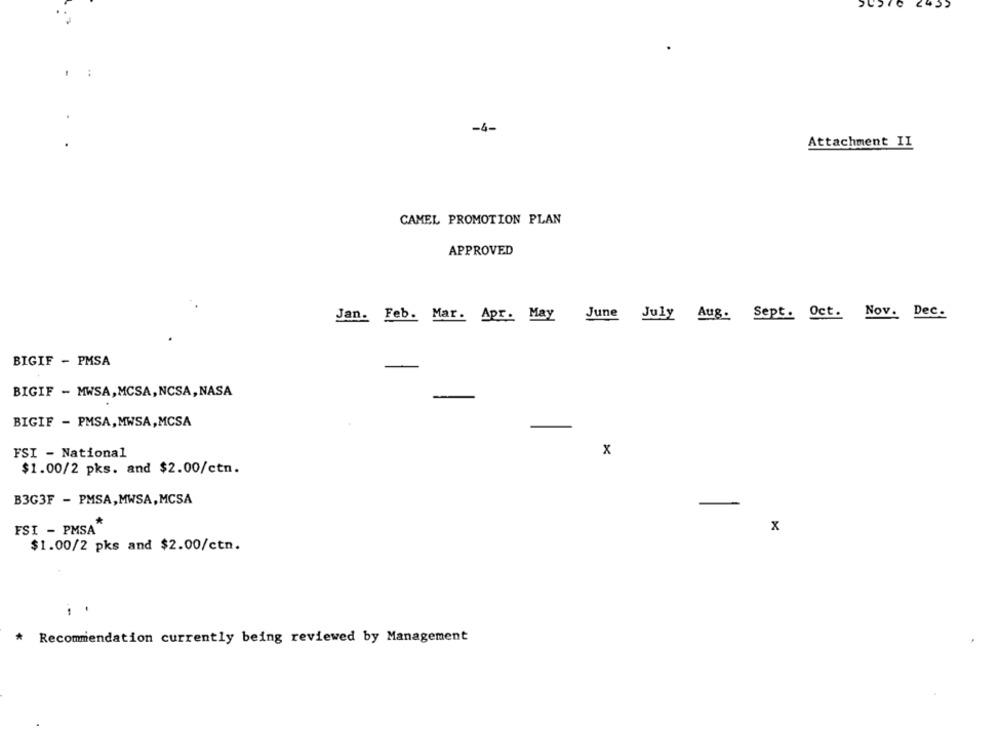
435
-4-
Attachment II
CAMEL PROMOTION PLAN
APPROVED
Jan. Feb. Mar. Apr. May June July Aug. Sept. Oct. Nov. Dec.
BIGIF - PMSA
-
BIGIF - MWSA, MCSA, NCSA, NASA
BIGIF - PMSA,MWSA, MCSA
x
FSI - National
$1.00/2 pks. and $2.00/ctn.
B3G3F - PMSA,MWSA,MCSA
FSI - PMSA"
x
$1.00/2 pks and $2.00/ctn.
* Recommendation currently being reviewed by Management